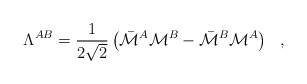
\begin{align*}\Lambda^{AB}={1\over{2\sqrt{2}}}\left(\bar{\cal M}^A{\cal M}^B - \bar{\cal M}^B{\cal M}^A\right)~~,\end{align*}